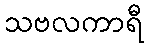
သဗလကာရီ